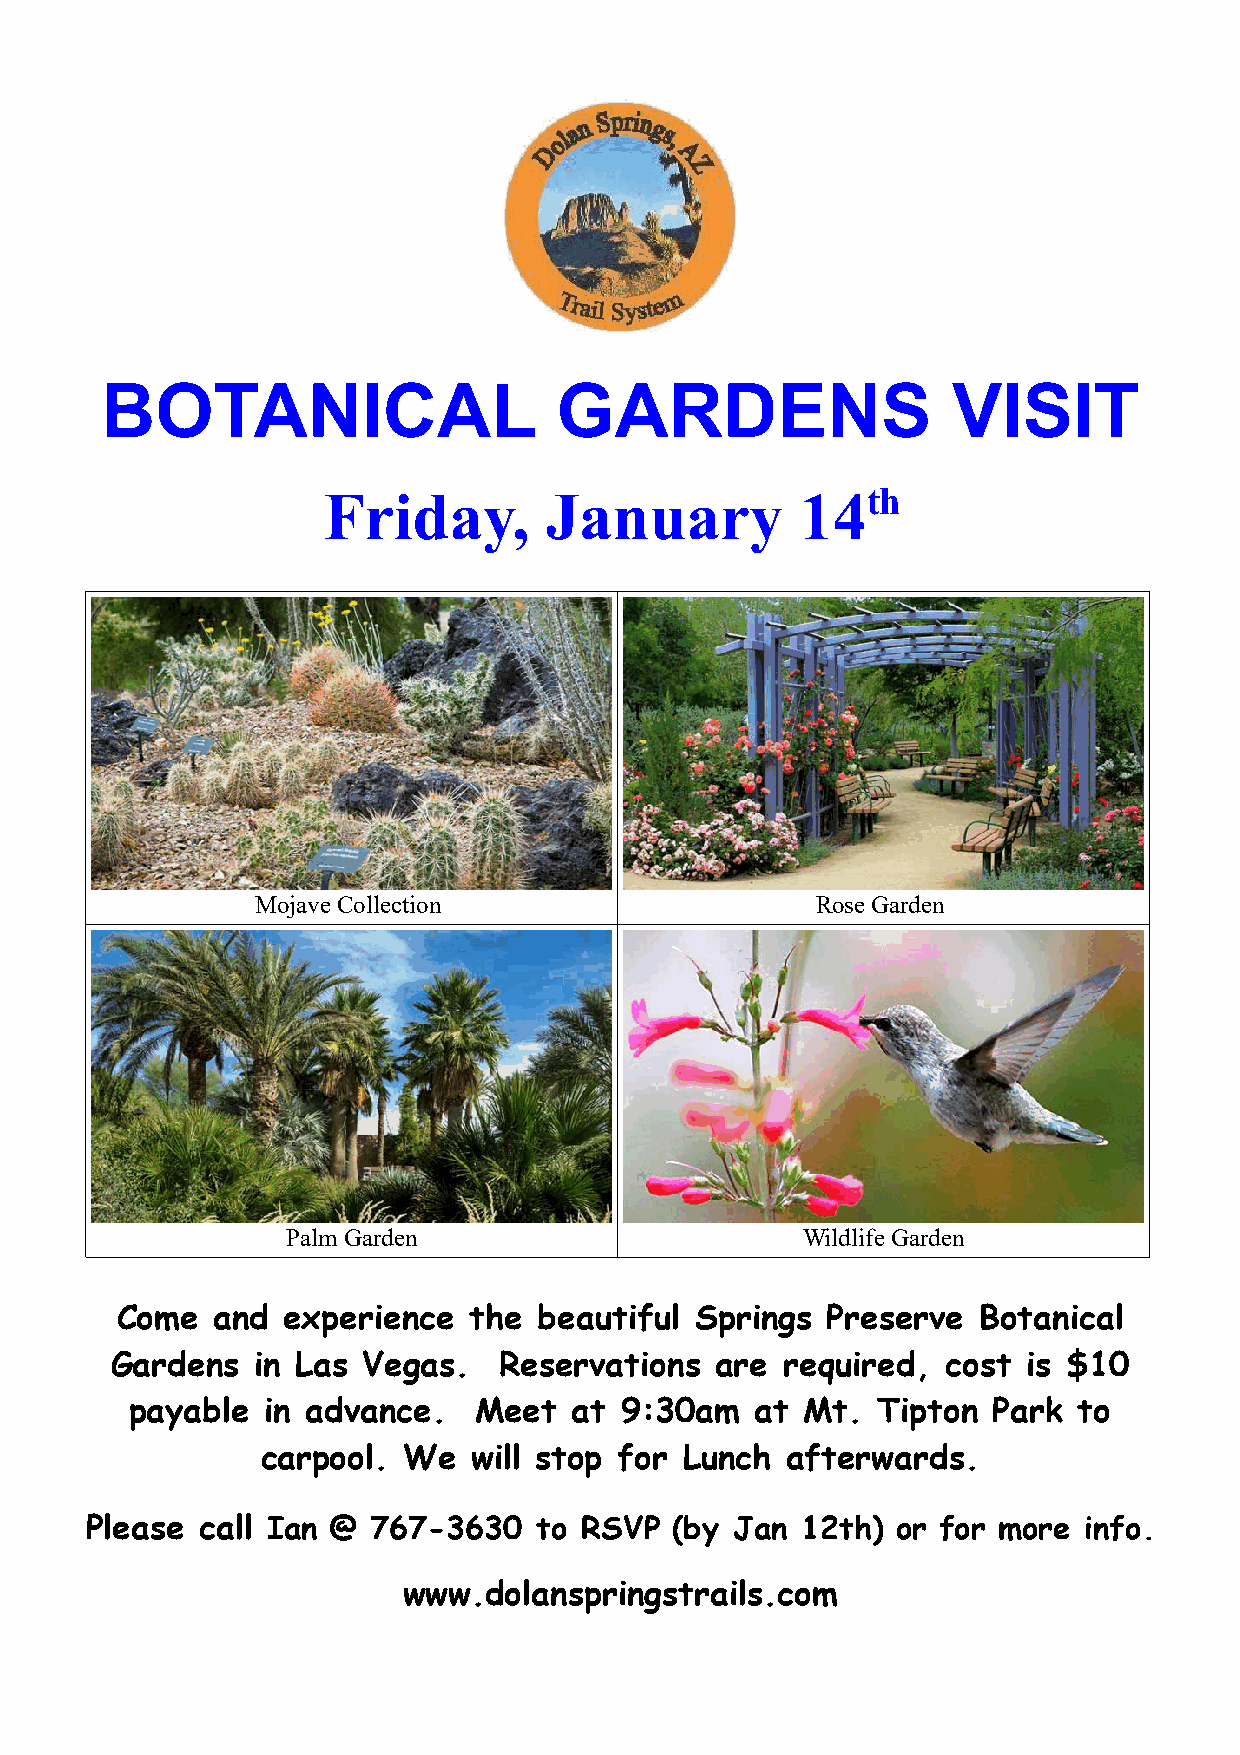
BOTANICAL                     GARDENS                   VISIT
 Friday,        January          14th
 Mojave Collection                    Rose Garden
 Palm Garden                       Wildlife Garden
 Come  and  experience  the  beautiful Springs  Preserve  Botanical
 Gardens   in Las Vegas.   Reservations  are  required,  cost is $10
 payable  in advance.  Meet   at 9:30am   at Mt.  Tipton  Park to
 carpool.  We  will stop for Lunch  afterwards.
 Please call Ian @ 767-3630   to RSVP  (by  Jan 12th) or for more  info.
 www.dolanspringstrails.com